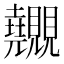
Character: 𧢬